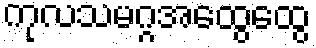
ကုလသမဂ္ဂအထွေထွေ